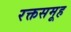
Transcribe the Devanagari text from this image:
रक्तसमूह